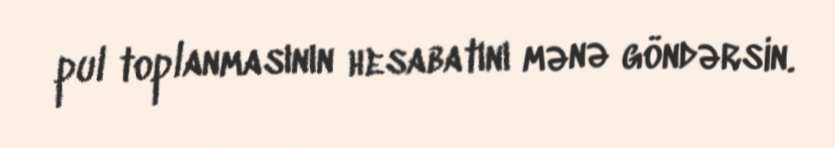
pul toplanmasının hesabatını mənə göndərsin.